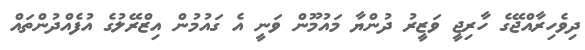
ދިވެހިރާއްޖޭގެ ހާރިޖީ ވަޒީރު ދުންޔާ މައުމޫން ވަނީ އެ ގައުމުން އިޒްރޭލުގެ އުފެއްދުންތައް